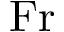
\mathrm { F r }